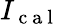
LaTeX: I_{\mathrm{~c~a~l~}}